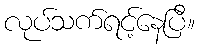
လုပ်သက်ရင့်နေပြီ။